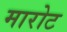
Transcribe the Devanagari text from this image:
मारोट